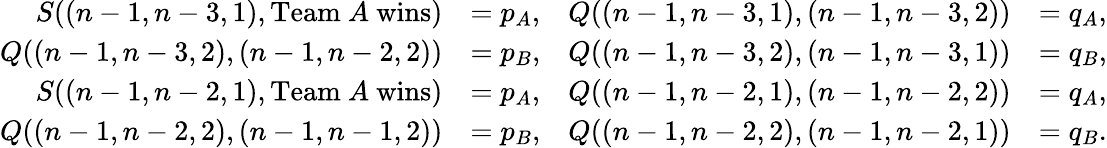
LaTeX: \begin{array}{rlrl}{S((n-1,n-3,1),\mathrm{Team~}A\mathrm{~wins})}&{=p_{A},}&{Q((n-1,n-3,1),(n-1,n-3,2))}&{=q_{A},}\\ {Q((n-1,n-3,2),(n-1,n-2,2))}&{=p_{B},}&{Q((n-1,n-3,2),(n-1,n-3,1))}&{=q_{B},}\\ {S((n-1,n-2,1),\mathrm{Team~}A\mathrm{~wins})}&{=p_{A},}&{Q((n-1,n-2,1),(n-1,n-2,2))}&{=q_{A},}\\ {Q((n-1,n-2,2),(n-1,n-1,2))}&{=p_{B},}&{Q((n-1,n-2,2),(n-1,n-2,1))}&{=q_{B}.}\end{array}